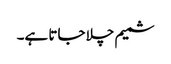
شمیم چلا جاتا ہے۔